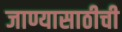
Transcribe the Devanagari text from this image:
जाण्यासाठीची